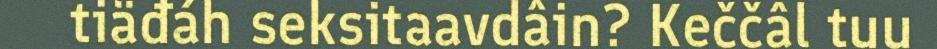
tiäđáh seksitaavdâin? Keččâl tuu